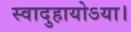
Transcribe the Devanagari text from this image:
स्वादुहायोऽया।